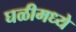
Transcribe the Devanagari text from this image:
घळीमध्ये